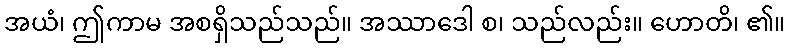
အယံ၊ ဤကာမ အစရှိသည်သည်။ အဿာဒေါ စ၊ သည်လည်း။ ဟောတိ၊ ၏။